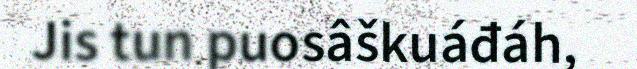
Jis tun puosâškuáđáh,